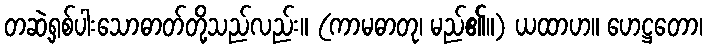
တဆဲ့ရှစ်ပါးသောဓာတ်တို့သည်လည်း။ (ကာမဓာတု၊ မည်၏။) ယထာဟ။ ဟေဋ္ဌတော၊